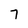
Character: 7